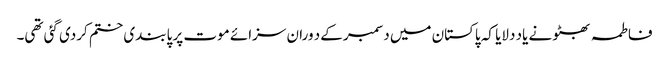
فاطمہ بھٹو نے یاد دلایا کہ پاکستان میں دسمبر کےد وران سزائے موت پر پابندی ختم کردی گئی تھی۔